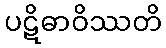
ပဋိဓာဝိဿတိ